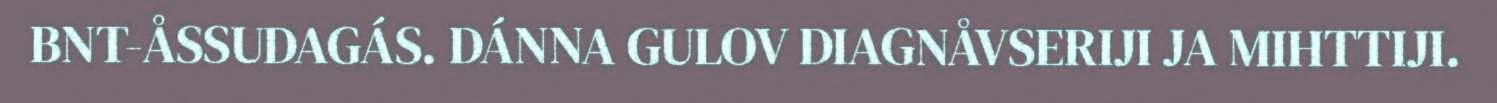
BNT-ÅSSUDAGÁS. DÁNNA GULOV DIAGNÅVSERIJI JA MIHTTIJI.